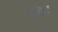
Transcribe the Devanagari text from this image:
गेहूँ।